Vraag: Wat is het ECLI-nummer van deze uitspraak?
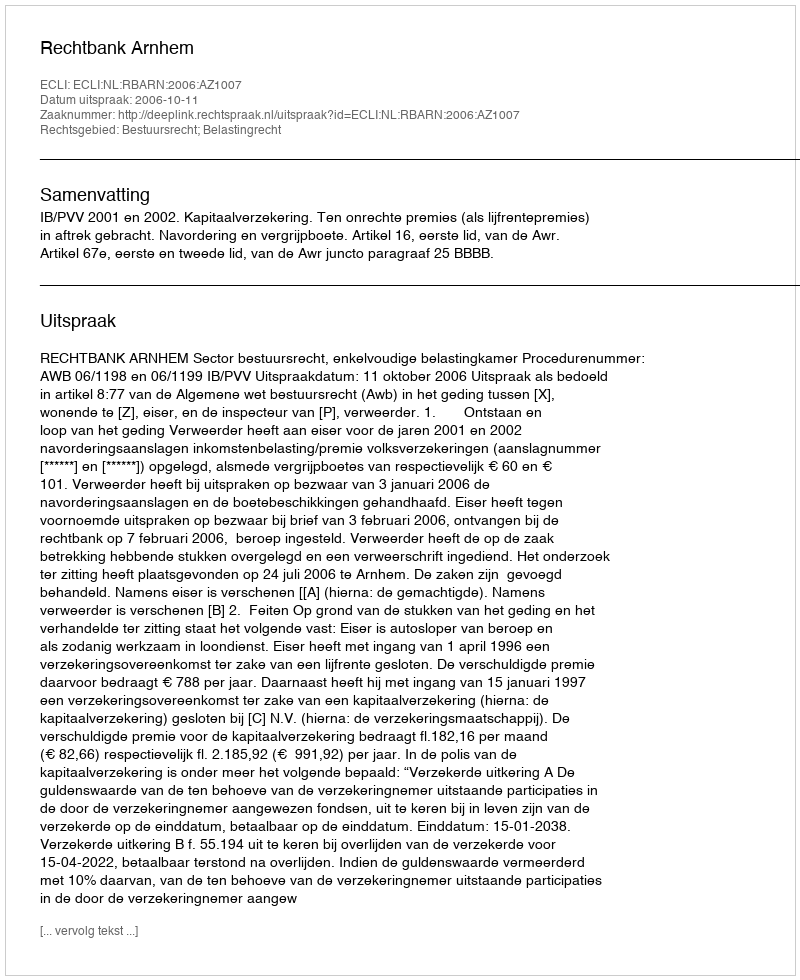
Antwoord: ECLI:NL:RBARN:2006:AZ1007